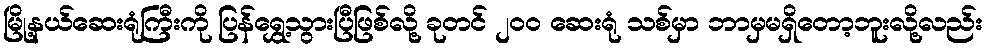
မြို့နယ်ဆေးရုံကြီးကို ပြန်ရွှေ့သွားပြီဖြစ်လို့ ခုတင် ၂ဝဝ ဆေးရုံ သစ်မှာ ဘာမှမရှိတော့ဘူးလို့လည်း